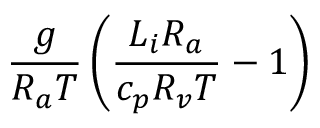
\frac { g } { R _ { a } T } \left( \frac { L _ { i } R _ { a } } { c _ { p } R _ { v } T } - 1 \right)